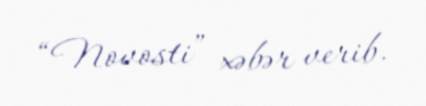
“Novosti” xəbər verib.